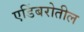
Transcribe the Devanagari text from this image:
एडिंबरोतील